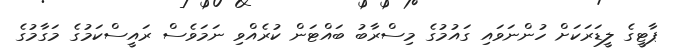
ޕާޓީގެ ލީޑަރަކަށް ހުންނަވައި ގައުމުގެ މިސްރާބު ބައްޓަން ކުރެއްވި ނަމަވެސް ރައީސްކަމުގެ މަގާމުގެ